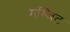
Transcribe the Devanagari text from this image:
गम्बिट